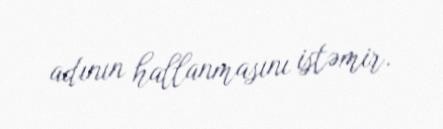
adının hallanmasını istəmir.